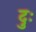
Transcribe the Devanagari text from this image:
दुः